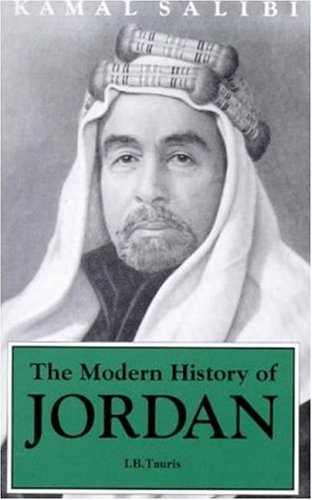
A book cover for The Modern History of Jordan; Kamal S. Salibi; History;